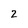
Character: 2